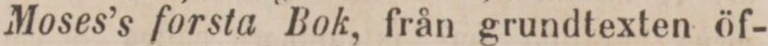
Moses’s forsta Bok, från grundtexten öf-